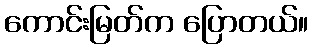
ကောင်းမြတ်က ပြောတယ်။